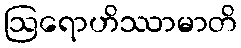
ဩရောဟိဿာမာတိ